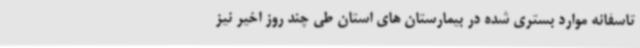
تاسفانه موارد بستری شده در بیمارستان های استان طی چند روز اخیر نیز